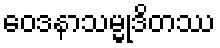
ဝေဒနာသမ္မုဒိတဿ